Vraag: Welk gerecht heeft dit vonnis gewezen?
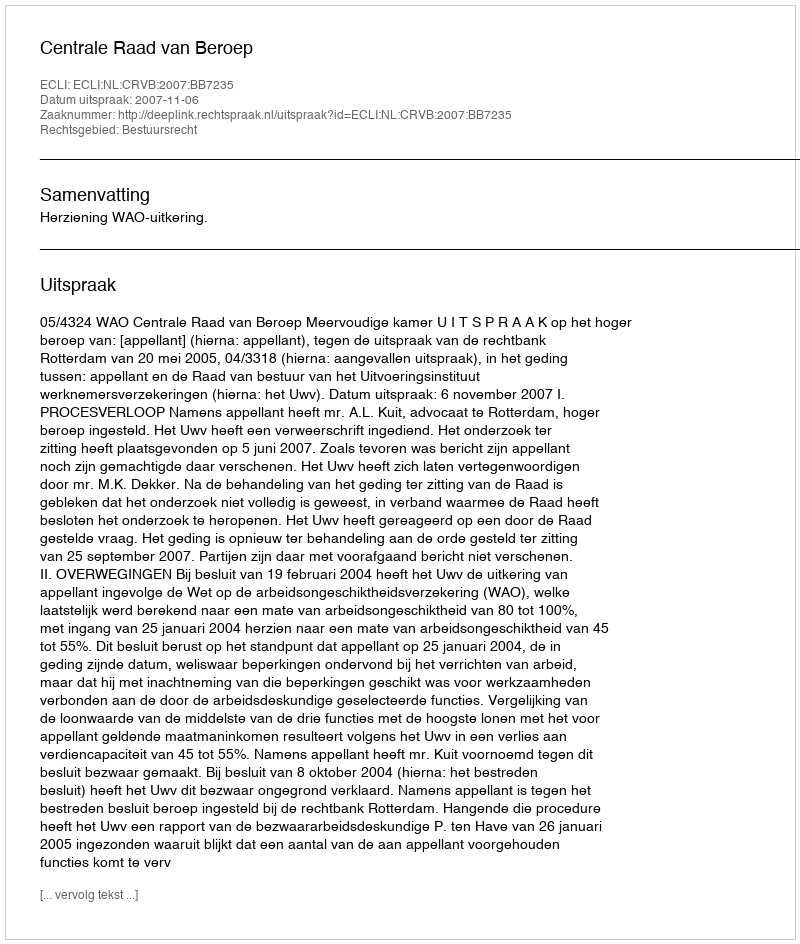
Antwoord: Centrale Raad van Beroep